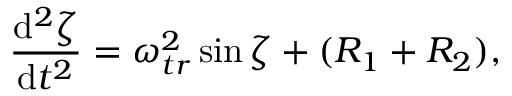
\frac { \mathrm { d } ^ { 2 } \zeta } { \mathrm { d } t ^ { 2 } } = \omega _ { t r } ^ { 2 } \sin \zeta + ( R _ { 1 } + R _ { 2 } ) ,